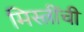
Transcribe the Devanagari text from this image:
मिस्त्रींची